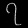
Digit: ၇